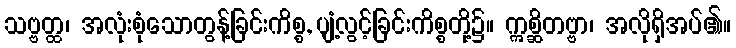
သဗ္ဗတ္ထ၊ အလုံးစုံသောတွန့်ခြင်းကိစ္စ, ပျံ့လွင့်ခြင်းကိစ္စတို့၌။ ဣစ္ဆိတဗ္ဗာ၊ အလိုရှိအပ်၏။